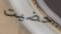
حضيت